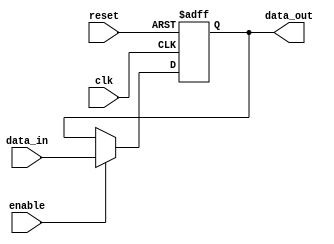
`timescale 1ns / 1ps

module register #(
    parameter WIDTH = 3  // Default width is 3 bits, but can be set when instantiated
)(
    input wire clk,                 // Clock input
    input wire reset,               // Reset input, asynchronous and active high
    input wire enable,              // Enable input for updating data
    input wire [WIDTH-1:0] data_in, // Data input with variable width
    output reg [WIDTH-1:0] data_out // Data output with variable width
);

    // Process with asynchronous reset and enable
    always @(posedge clk or posedge reset) begin
        if (reset)
            data_out <= {WIDTH{1'b0}}; // Reset the output to all zeros
        else if (enable)
            data_out <= data_in;      // Update output only if enabled
    end

endmodule